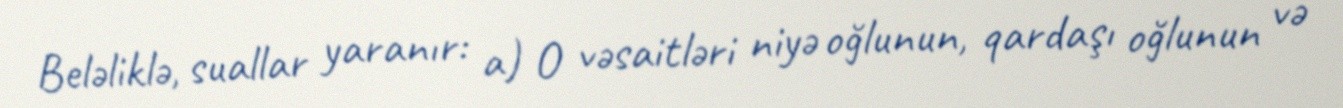
Beləliklə, suallar yaranır: a) O vəsaitləri niyə oğlunun, qardaşı oğlunun və